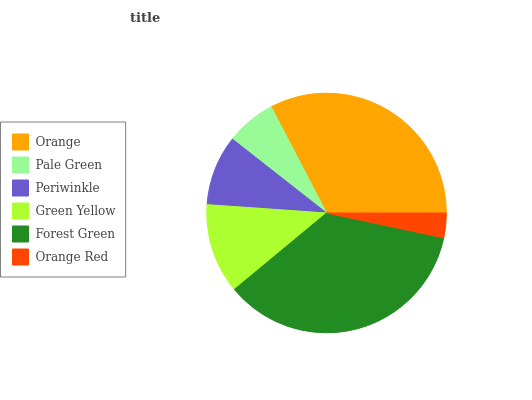
| Orange | Pale Green | Periwinkle | Green Yellow | Forest Green | Orange Red |
 | --- | --- | --- | --- | --- | --- |
 | 32.6% | 6.77% | 9.47% | 12.1% | 35.7% | 3.33% |